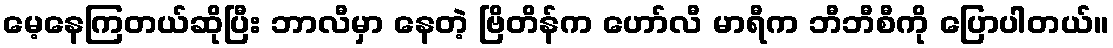
မေ့နေကြတယ်ဆိုပြီး ဘာလီမှာ နေတဲ့ ဗြိတိန်က ဟော်လီ မာရီက ဘီဘီစီကို ပြောပါတယ်။